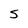
Character: S